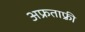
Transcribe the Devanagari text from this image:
अफ्रताफ़्री